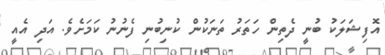
އޮފިޝަލަކު ބުނީ ދެތިން ހަތަރު ތަނަކުން ކުނިބުނި ފެނުނު ކަމަށެވެ. އަދި އެއީ